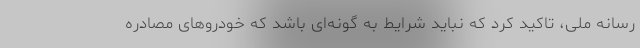
رسانه ملی، تاکید کرد که نباید شرایط به گونه‌ای باشد که خودروهای مصادره